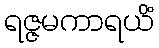
ရဇ္ဇမကာရယိံ